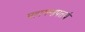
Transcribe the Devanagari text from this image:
महागणपतये